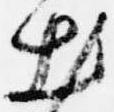
出